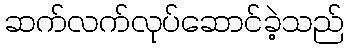
ဆက်လက်လုပ်ဆောင်ခဲ့သည်